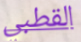
القطبي